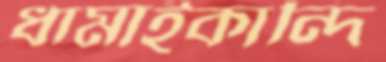
ধামাইকান্দি